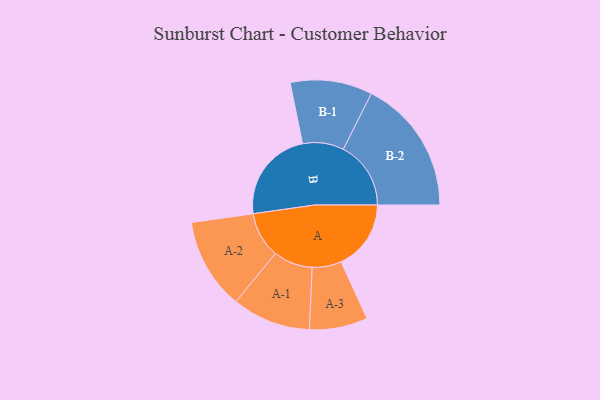
{"axis": {"x": "Segment", "y": "Value"}, "legend": ["", "A", "B"], "data": [{"x": "A", "y": 271, "type": ""}, {"x": "B", "y": 359, "type": ""}, {"x": "A-1", "y": 152, "type": "A"}, {"x": "A-2", "y": 177, "type": "A"}, {"x": "A-3", "y": 113, "type": "A"}, {"x": "B-1", "y": 159, "type": "B"}, {"x": "B-2", "y": 262, "type": "B"}]}